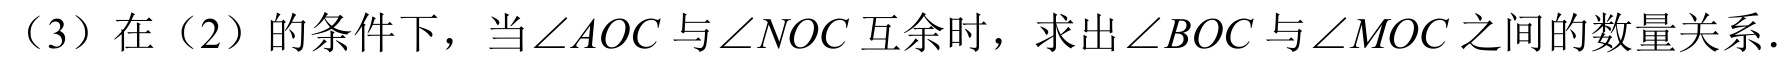
（3）在（2）的条件下，当\(\angle AOC\)与\(\angle NOC\)互余时，求出\(\angle BOC\)与\(\angle MOC\)之间的数量关系．